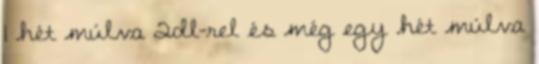
1 hét múlva 2dl-rel és még egy hét múlva